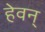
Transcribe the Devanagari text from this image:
हेवन्